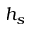
h _ { s }